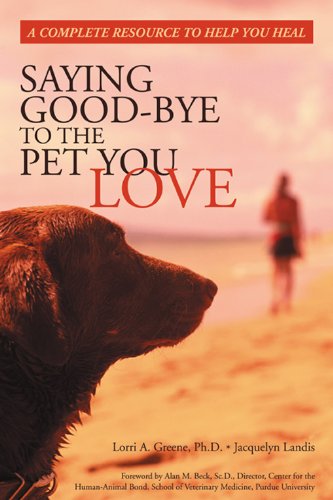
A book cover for Saying Good-Bye to the Pet You Love: A Complete Resource to Help You Heal; Lorri A. Greene; Crafts, Hobbies & Home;